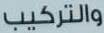
والتركيب